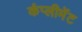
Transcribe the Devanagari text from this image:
कंप्लीमेंट